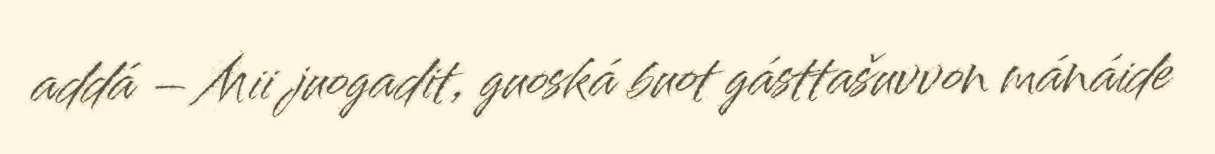
addá – Mii juogadit, guoská buot gásttašuvvon mánáide